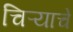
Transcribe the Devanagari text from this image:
चिऱ्याचे